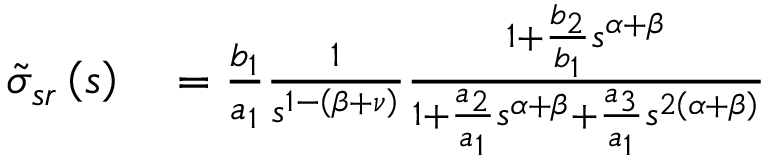
\begin{array} { r l } { \tilde { \sigma } _ { s r } \left( s \right) } & { { } = \frac { b _ { 1 } } { a _ { 1 } } \frac { 1 } { s ^ { 1 - \left( \beta + \nu \right) } } \frac { 1 + \frac { b _ { 2 } } { b _ { 1 } } s ^ { \alpha + \beta } } { 1 + \frac { a _ { 2 } } { a _ { 1 } } s ^ { \alpha + \beta } + \frac { a _ { 3 } } { a _ { 1 } } s ^ { 2 \left( \alpha + \beta \right) } } } \end{array}